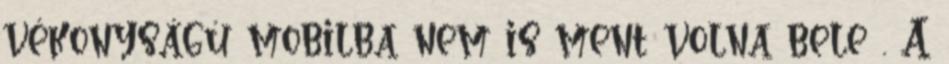
vékonyságú mobilba nem is ment volna bele . A